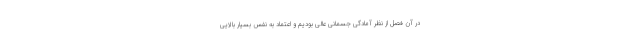
در آن فصل از نظر آمادگی جسمانی عالی بودیم و اعتماد به نفس بسیار بالایی